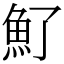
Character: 𩵌